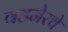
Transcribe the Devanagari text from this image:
वडनेरचे